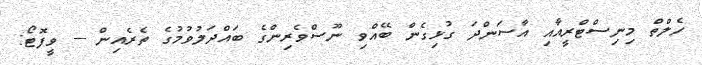
ހެލްތް މިނިސްޓްރީއާއި އާސަންދަ ގުޅިގެން ބޭއްވި ނޫސްވެރިންގެ ބައްދަލުވުމުގެ ތެރެއިން -- ވީފޮޓޯ: